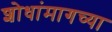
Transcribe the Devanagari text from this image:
शोधांमागच्या